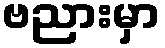
ဗညားမှာ